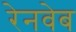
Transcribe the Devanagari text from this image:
रेनवेब